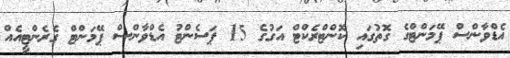
އެޑްވާންސް ޕޭމަންޓްގެ ގޮތުގައި ކޮންޓްރެކްޓް އަގުގެ 15 ޕަސެންޓު އެޑްވާންސް ޕޭމަންޓް ގެރެންޓީއެއް